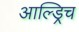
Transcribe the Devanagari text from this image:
आल्ड्रिच